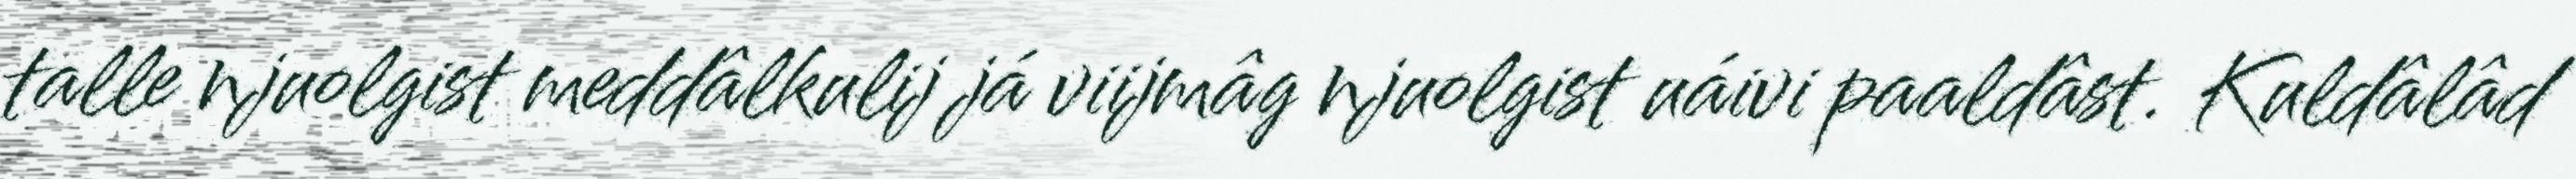
talle njuolgist meddâlkulij já viijmâg njuolgist uáivi paaldâst. Kuldâlâd